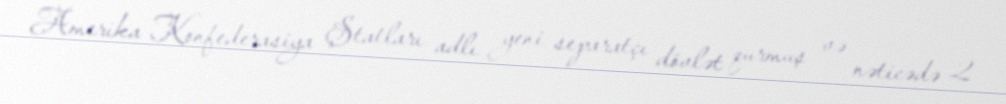
Amerika Konfederasiya Ştatları adlı yeni separatçı dövlət qurmuş və nəticədə 2